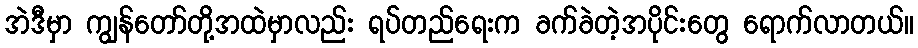
အဲဒီမှာ ကျွန်တော်တို့အထဲမှာလည်း ရပ်တည်ရေးက ခက်ခဲတဲ့အပိုင်းတွေ ရောက်လာတယ်။